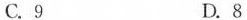
C.9 D.8